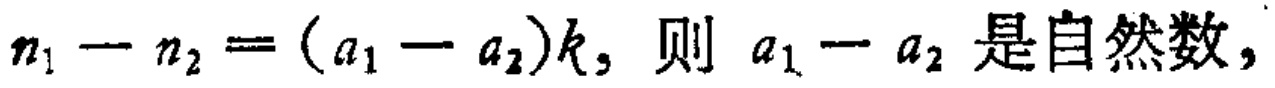
\(n_{1}-n_{2}=(a_{1}-a_{2})k,\ 则\ a_{1}-a_{2}\ 是自然数,\)